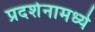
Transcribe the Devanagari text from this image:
प्रदर्शनामध्ये